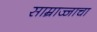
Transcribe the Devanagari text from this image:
साम्राज्जाचा